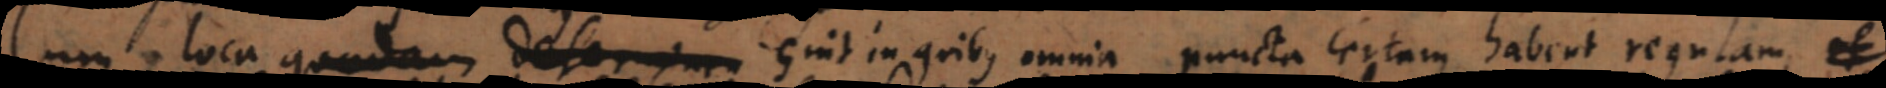
Cum loca quadam determinen sint in quibus omnia puncta certam habent regulam,